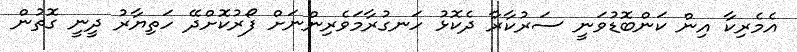
އެމެރިކާ އިން ކަންބޮޑުވަނީ ސަރުކާރާ ދެކޮޅު ހަނގުރާމަވެރިންނަށް ފޯރުކޮށްދޭ ހަތިޔާރު ދީނީ ގޮތުން